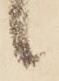
候